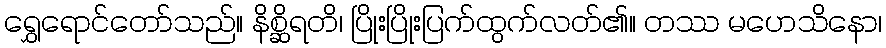
ရွှေရောင်တော်သည်။ နိစ္ဆိရတိ၊ ပြိုးပြိုးပြက်ထွက်လတ်၏။ တဿ မဟေသိနော၊